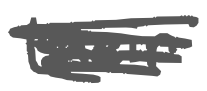
Text: their
Cross-out: scratch
Writing tool: digital_gray